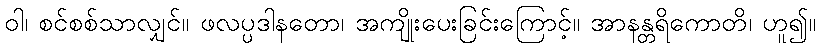
ဝါ၊ စင်စစ်သာလျှင်။ ဖလပ္ပဒါနတော၊ အကျိုးပေးခြင်းကြောင့်။ အာနန္တရိကောတိ၊ ဟူ၍။